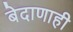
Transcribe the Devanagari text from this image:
बेदाणाही